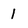
Character: 1